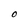
Character: O